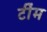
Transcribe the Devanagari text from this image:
टींम